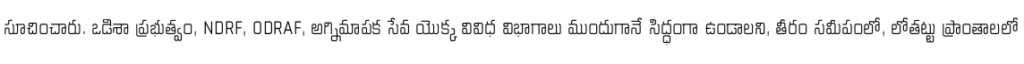
సూచించారు. ఒడిశా ప్రభుత్వం, NDRF, ODRAF, అగ్నిమాపక సేవ యొక్క వివిధ విభాగాలు ముందుగానే సిద్ధంగా ఉండాలని, తీరం సమీపంలో, లోతట్టు ప్రాంతాలలో